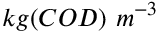
k g ( C O D ) \ m ^ { - 3 }